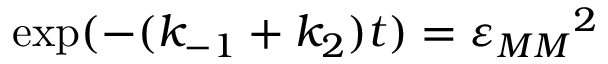
\exp ( - ( k _ { - 1 } + k _ { 2 } ) t ) = { \varepsilon _ { M M } } ^ { 2 }